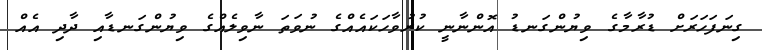
ގިނަފަހަރަށް ޑުރާމާގެ ވިޔުންގަނޑު އޮންނާނީ ކުރުވާހަކައެއްގެ ނުވަތަ ނާވިލެއްގެ ވިޔުންގަނޑާއި ދާދި އެއް